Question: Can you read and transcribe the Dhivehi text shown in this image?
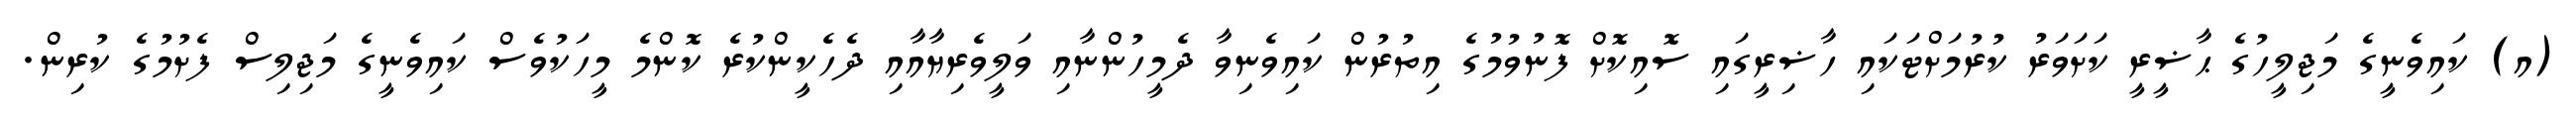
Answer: (އ) ކައިވެނީގެ މަޖިލީހުގެ ޙާޟީރީ ކަށަވަރު ކުރުމަށްޓަކައި ހާޟިރީގައި ސޮއިކޮށް ފޮނުވުމުގެ އިތުރުން ކައިވެނިވާ ދެމީހުންނާއި ވަލީވެރިޔާއާއި ދެހެކީންކުރެ ކޮންމެ މީހަކުވެސް ކައިވެނީގެ މަޖިލިސް ފެށުމުގެ ކުރިން.